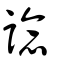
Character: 諗